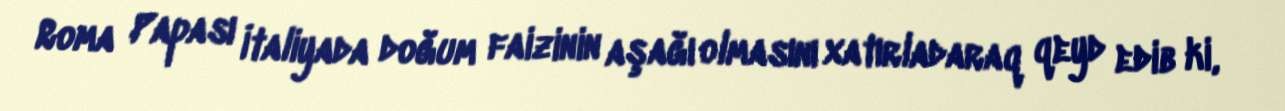
Roma Papası İtaliyada doğum faizinin aşağı olmasını xatırladaraq qeyd edib ki,